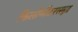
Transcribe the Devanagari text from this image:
किलोमीटरसमुद्र